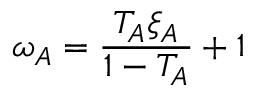
\omega _ { A } = \frac { T _ { A } \xi _ { A } } { 1 - T _ { A } } + 1